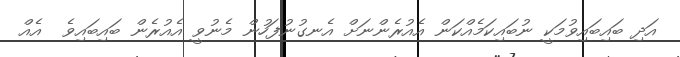
އަދި ބައިބައިވުމަކީ ނުބައިކަމެއްކަން އެއުރެންނަށް އެނގުނުފަހުން މެނުވީ އެއުރެން ބައިބައިވެ  އެއް